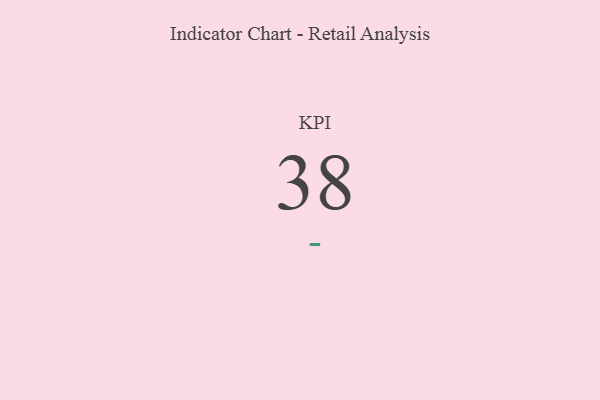
{"axis": {"x": "KPI", "y": "Value"}, "legend": [""], "data": [{"x": "KPI", "y": 38, "type": ""}]}